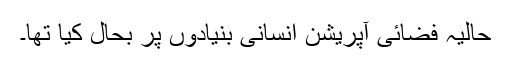
حالیہ فضائی آپریشن انسانی بنیادوں پر بحال کیا تھا۔